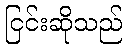
ငြင်းဆိုသည်